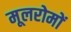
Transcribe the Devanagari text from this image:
मूलरोमों